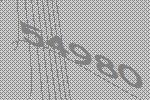
54980